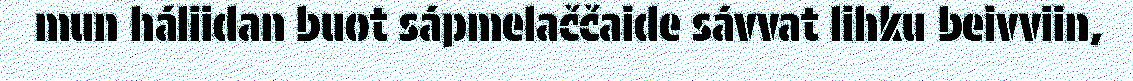
mun háliidan buot sápmelaččaide sávvat lihku beivviin,